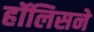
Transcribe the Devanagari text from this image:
हॉलिसने